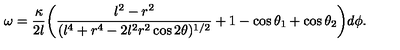
\omega = \frac { \kappa } { 2 l } \biggl ( \frac { l ^ { 2 } - r ^ { 2 } } { ( l ^ { 4 } + r ^ { 4 } - 2 l ^ { 2 } r ^ { 2 } \cos 2 \theta ) ^ { 1 / 2 } } + 1 - \cos \theta _ { 1 } + \cos \theta _ { 2 } \biggr ) d \phi .